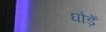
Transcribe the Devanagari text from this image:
घोड़ें